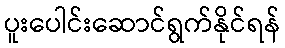
ပူးပေါင်းဆောင်ရွက်နိုင်ရန်